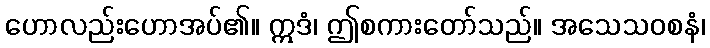
ဟောလည်းဟောအပ်၏။ ဣဒံ၊ ဤစကားတော်သည်။ အသေသဝစနံ၊